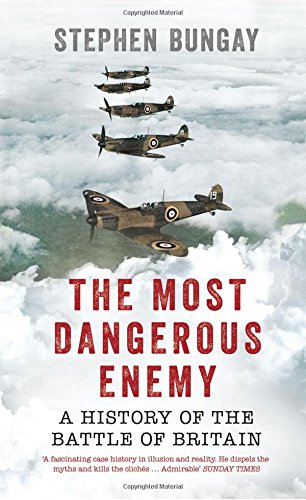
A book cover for The Most Dangerous Enemy: A History of the Battle of Britain; Stephen Bungay; History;